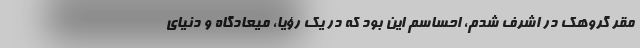
مقر گروهک در اشرف شدم، احساسم این بود که در یک رؤیا، میعادگاه و دنیای